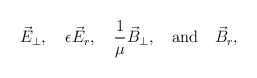
\begin{align*}\vec E_\perp, \quad \epsilon \vec E_r, \quad{1\over\mu}\vec B_\perp, \quad {\rm and} \quad \vec B_r,\end{align*}